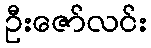
ဦးဇော်လင်း